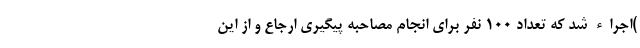
)اجراء شد که تعداد ۱۰۰ نفر برای انجام مصاحبه پیگیری ارجاع و از این